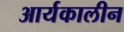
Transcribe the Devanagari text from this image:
आर्यकालीन